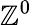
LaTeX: \mathbb{Z}^{0}